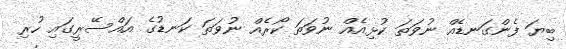
ބިޔަ ފެންގަނޑެއް ނުވަތަ ކުޅިއެއް ނުވަތަ ކޯރެއް ނުވަތަ ކަނޑުގެ އައްސޭރީގައި ހުރި